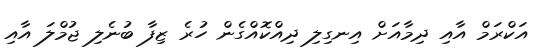
އަކްރަމް އާއި ދިމާއަށް އިނގިލި ދިއްކޮއްގެން ހުރެ ޒިފާ ބުނެލި ޖުމްލަ އާއި